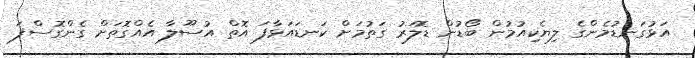
އަޅުގަނޑުމެންގެ ލިޔެކިއުމުން ބޯޑުން ޑޮލަރު ގަތުމަށް ކަނޑައަޅާފަ އޮތް އުސޫލާ އެއްގޮތަށް ގެންގޮސްފަ